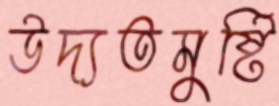
উদ্যতমুষ্টি